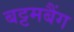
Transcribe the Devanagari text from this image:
बट्टमबैंग